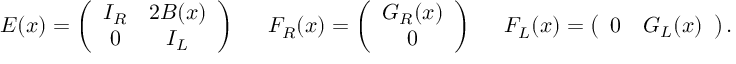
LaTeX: E ( x ) = \left( \begin{array} { c c } { { I _ { R } } } & { { 2 B ( x ) } } \\ { { 0 } } & { { I _ { L } } } \end{array} \right) \; \; \; \; \; F _ { R } ( x ) = \left( \begin{array} { c } { { G _ { R } ( x ) } } \\ { { 0 } } \end{array} \right) \; \; \; \; \; F _ { L } ( x ) = \left( \begin{array} { c c } { { 0 } } & { { G _ { L } ( x ) } } \end{array} \right) .